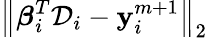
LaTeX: \left\| \boldsymbol{\beta}_{i}^{T}\mathcal{D}_{i}-\mathbf{y}_{i}^{m+1}\right\| _{2}